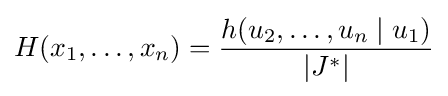
H(x_{1},\dots ,x_{n})={\frac {h(u_{2},\dots ,u_{n}\mid u_{1})}{|J^{*}|}}